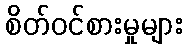
စိတ်ဝင်စားမှုများ